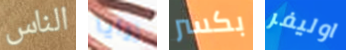
الناس زوايا بكسر اوليفر